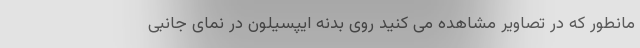
مانطور که در تصاویر مشاهده می کنید روی بدنه ایپسیلون در نمای جانبی